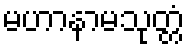
မဟာနာမသုတ္တံ